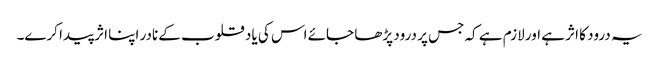
یہ درود کا اثر ہے اور لازم ہے کہ جس پر درود پڑھا جائے اس کی یاد قلوب کے نادر اپنا اثر پیدا کرے۔